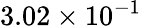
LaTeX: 3.02\times 10^{-1}